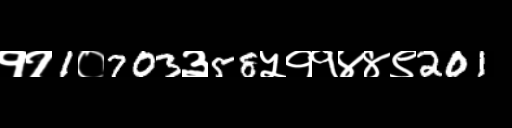
Text: ११1०703३58५११४४९201